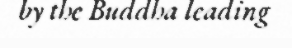
by the Buddha leading